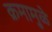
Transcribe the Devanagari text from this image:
क्रमामुळे